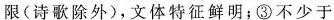
限(诗歌除外)，文体特征鲜明；③不少于